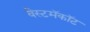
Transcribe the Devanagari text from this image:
वेस्टमॅकॉट